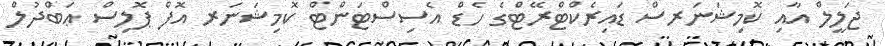
ޖަލީލް އާއި ކޮމިޝަނަރސް ޑައިރެކްޓްރޭޓްގެ ހެޑް އެސިސްޓަންޓް ކޮމިޝަނަރ އޮފް ޕޮލިސް ޢަބްދުލް